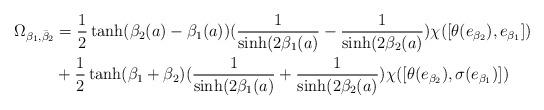
LaTeX: \begin{align*}\Omega_{\beta_1,\bar{\beta}_2} & =\frac{1}{2}\tanh(\beta_2(a)-\beta_1(a))(\frac{1}{\sinh(2\beta_1(a)}-\frac{1}{\sinh(2\beta_2(a)})\chi([\theta(e_{\beta_2}),e_{\beta_1}]) \\& + \frac{1}{2}\tanh(\beta_1+\beta_2)(\frac{1}{\sinh(2\beta_1(a)}+\frac{1}{\sinh(2\beta_2(a)})\chi([\theta(e_{\beta_2}),\sigma(e_{\beta_1})]) \end{align*}